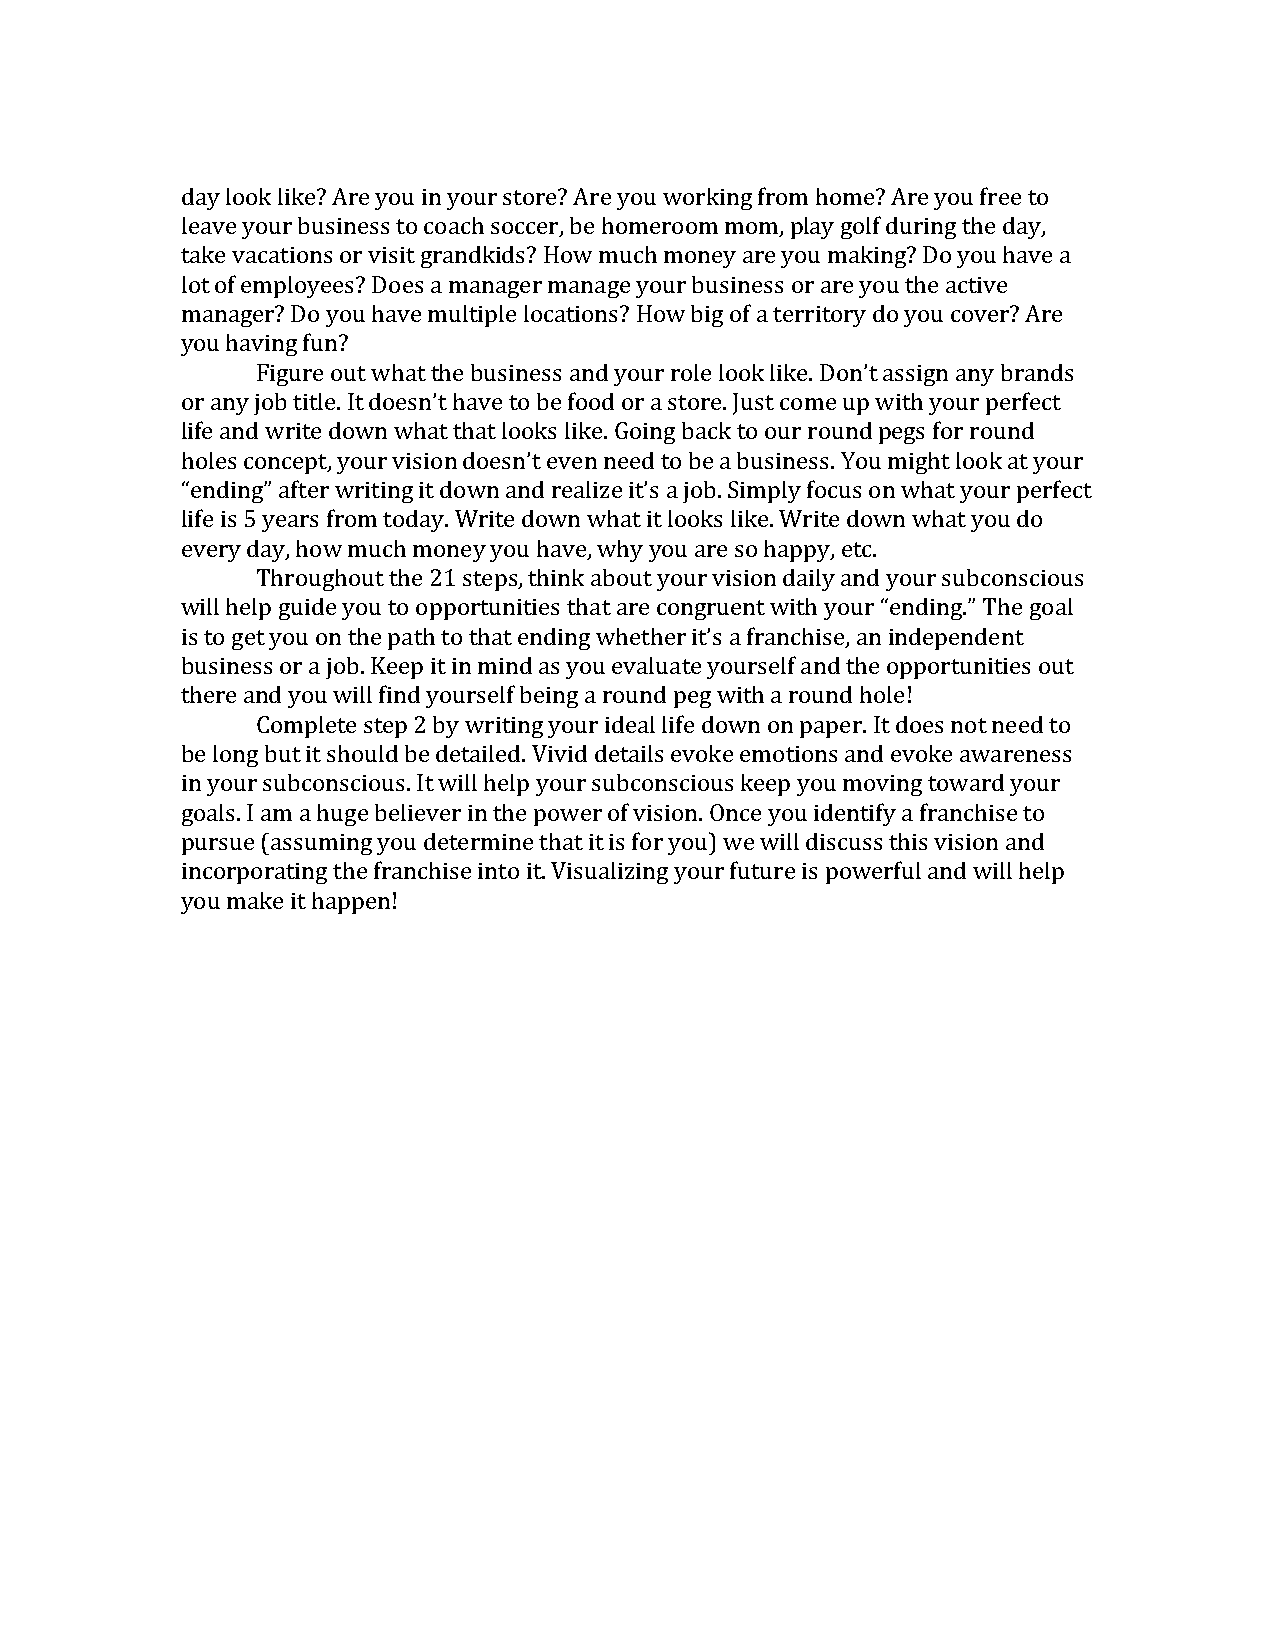
day look like? Are you in your store? Are you working from home? Are you free to
 leave your business to coach soccer, be homeroom mom, play golf during the day,
 take vacations or visit grandkids? How much money are you making? Do you have a
 lot of employees? Does a manager manage your business or are you the active
 manager? Do you have multiple locations? How big of a territory do you cover? Are
 you having fun?
 Figure out what the business and your role look like. Don’t assign any brands
 or any job title. It doesn’t have to be food or a store. Just come up with your perfect
 life and write down what that looks like. Going back to our round pegs for round
 holes concept, your vision doesn’t even need to be a business. You might look at your
 “ending” after writing it down and realize it’s a job. Simply focus on what your perfect
 life is 5 years from today. Write down what it looks like. Write down what you do
 every day, how much money you have, why you are so happy, etc.
 Throughout the 21 steps, think about your vision daily and your subconscious
 will help guide you to opportunities that are congruent with your “ending.” The goal
 is to get you on the path to that ending whether it’s a franchise, an independent
 business or a job. Keep it in mind as you evaluate yourself and the opportunities out
 there and you will find yourself being a round peg with a round hole!
 Complete step 2 by writing your ideal life down on paper. It does not need to
 be long but it should be detailed. Vivid details evoke emotions and evoke awareness
 in your subconscious. It will help your subconscious keep you moving toward your
 goals. I am a huge believer in the power of vision. Once you identify a franchise to
 pursue (assuming you determine that it is for you) we will discuss this vision and
 incorporating the franchise into it. Visualizing your future is powerful and will help
 you make it happen!